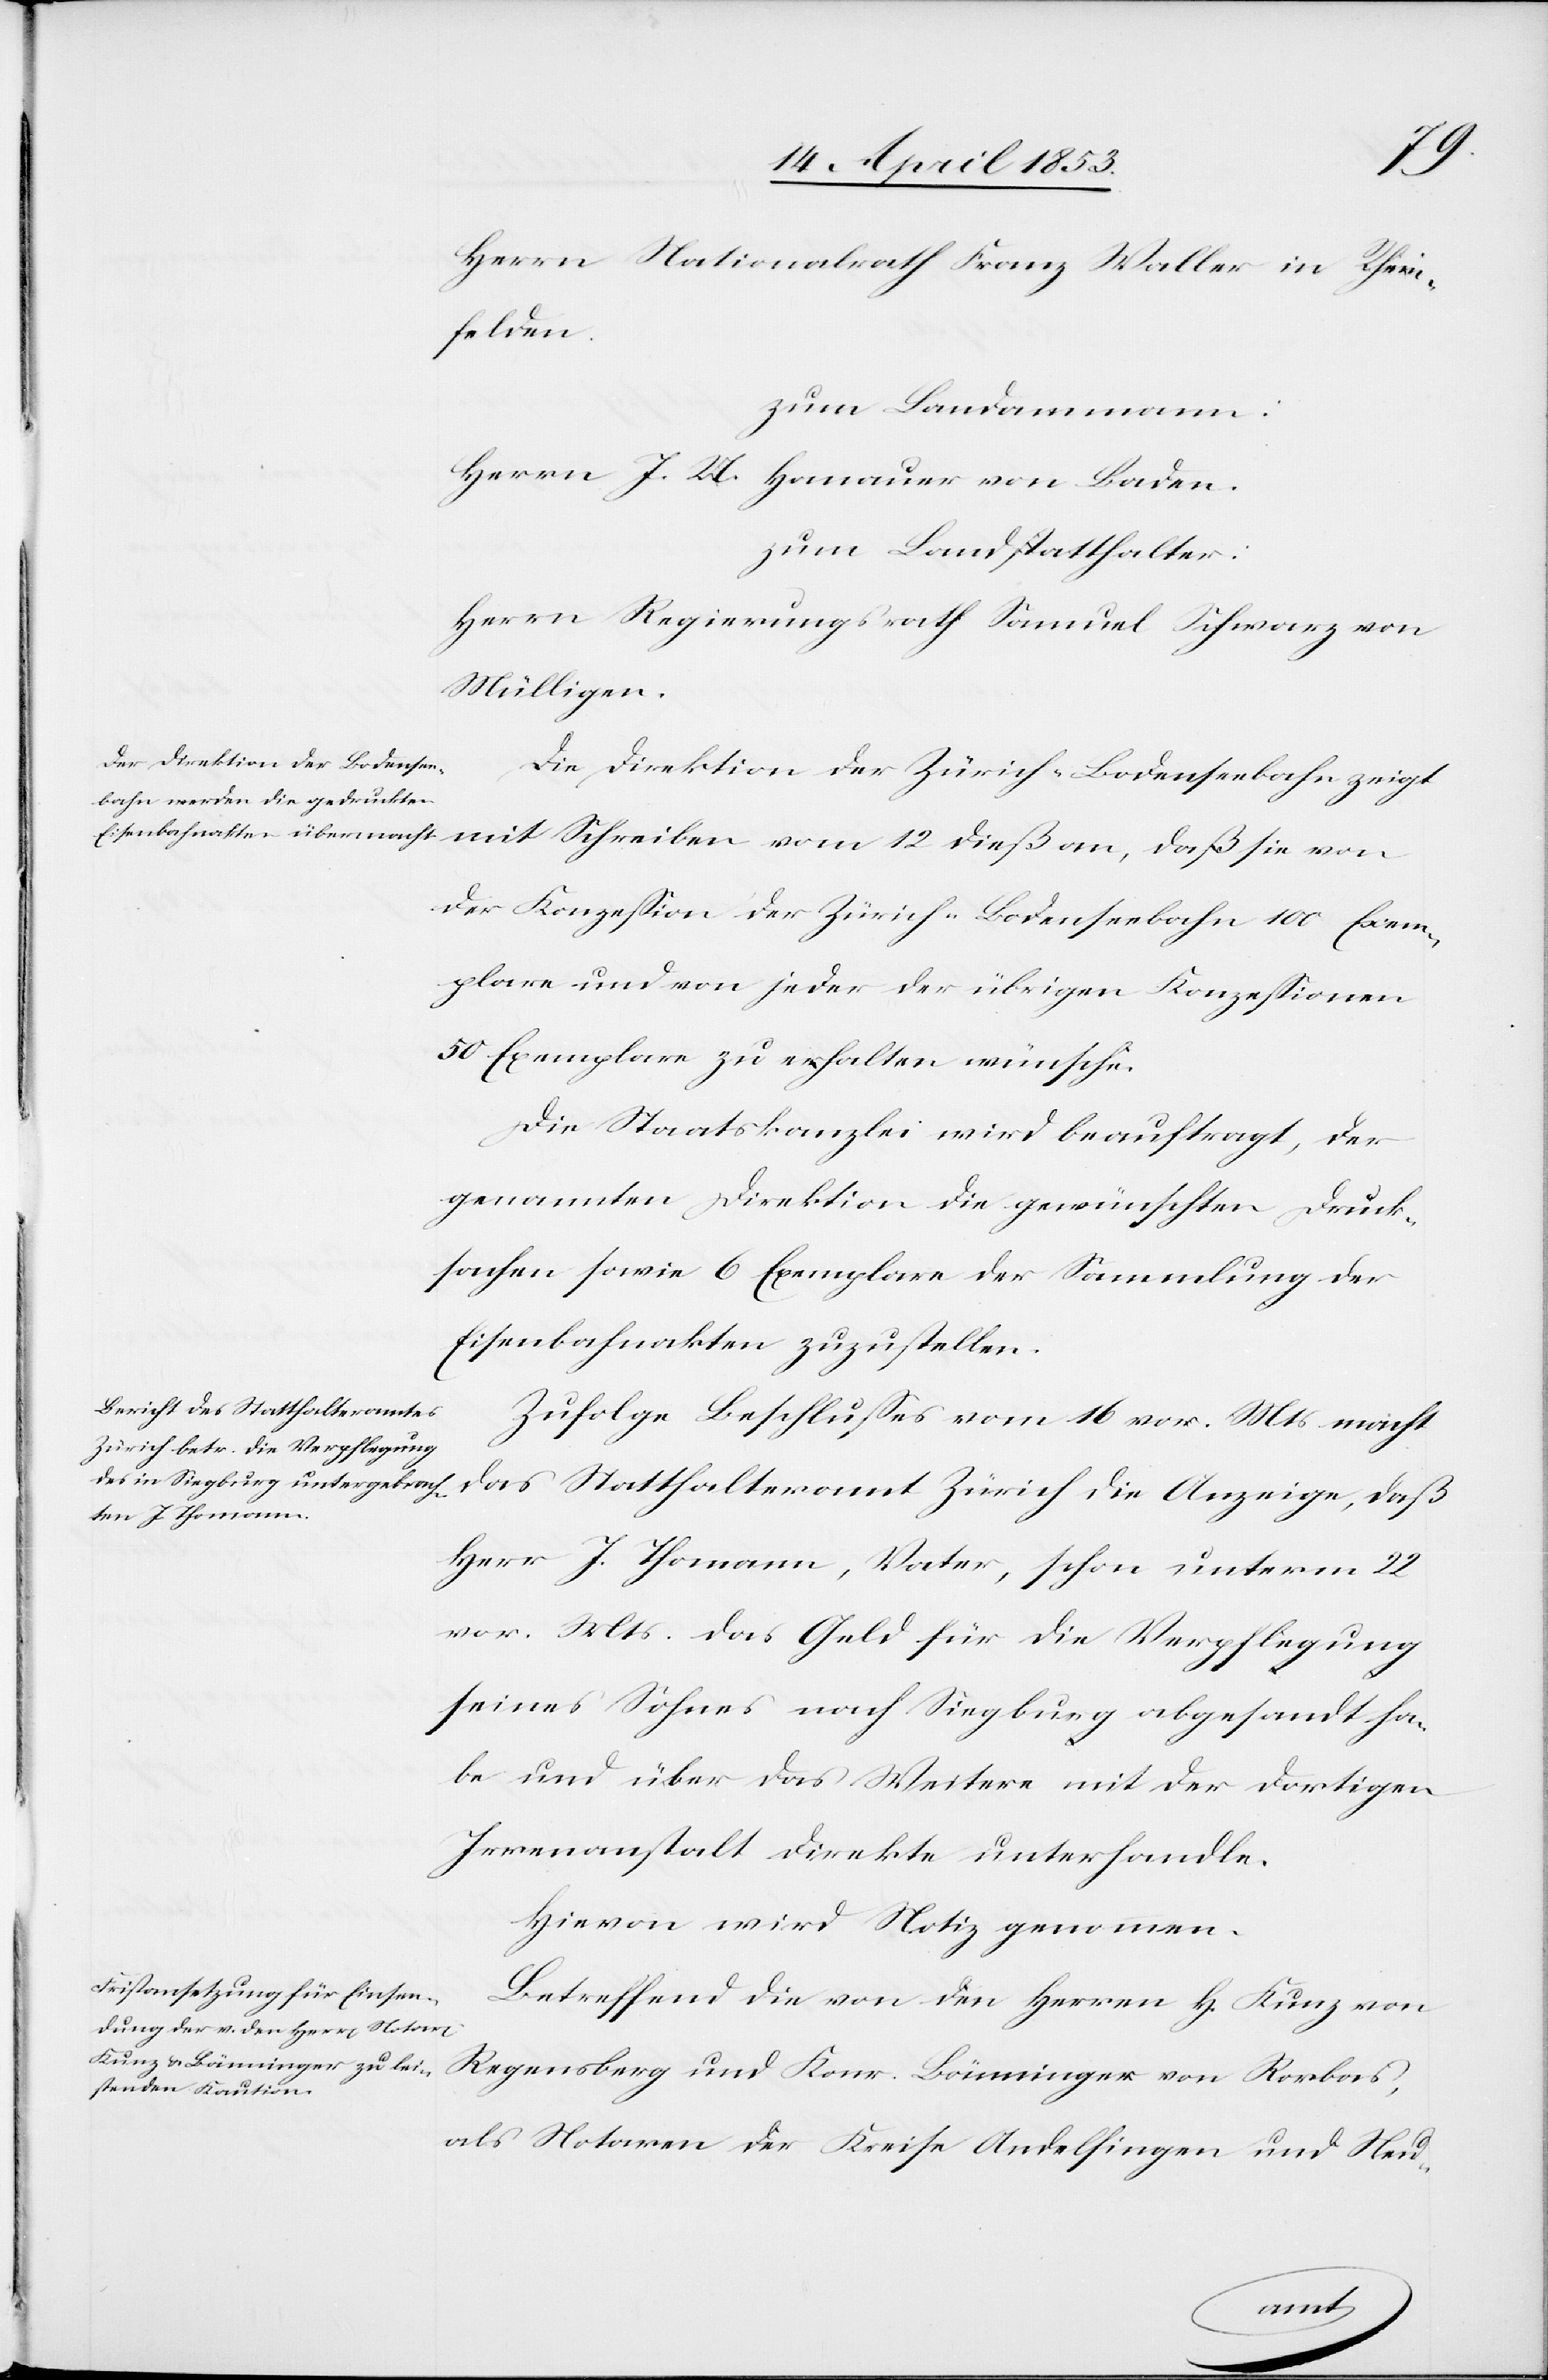
Herrn Nationalrath Franz Waller in Rhein¬
felden.
zum Landammann:
Herrn J. U. Hanauer von Baden.
zum Landstatthalter:
Herrn Regierungsrath Samuel Schwarz von
Mülligen.
Die Direktion der Zürich-Bodenseebahn zeigt
mit Schreiben vom 12 dieß an, daß sie von
der Konzeßion der Zürich-Bodenseebahn 100 Exem¬
plare und von jeder der übrigen Konzeßionen
50. Exemplare zu erhalten wünsche.
Die Staatskanzlei wird beauftragt, der
genannten Direktion die gewünschten Druck¬
sachen sowie 6 Exemplare der Sammlung der
Eisenbahnakten zuzustellen.
Zufolge Beschlußes vom 16 vor. Mts. macht
das Statthalteramt Zürich die Anzeige, daß
Herr J. Thomann, Vater, schon unterm 22
vor. Mts. das Geld für die Verpflegung
seines Sohnes nach Siegburg abgesandt ha¬
be und über das Weitere mit der dortigen
Irrenanstalt direkte unterhandle.
Hievon wird Notiz genommen.
Betreffend die von den Herrn H. Kunz von
Regensburg und Konr. Bänninger von Rorbas,
als Notare der Kreise Andelfingen und Neu-